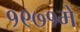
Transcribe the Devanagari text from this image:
१९७१में